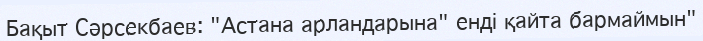
Бақыт Сәрсекбаев: "Астана арландарына" енді қайта бармаймын"